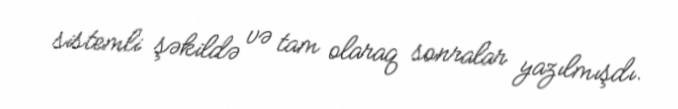
sistemli şəkildə və tam olaraq sonralar yazılmışdı.